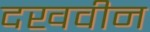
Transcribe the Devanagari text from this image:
दखवीन